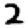
Digit: 2